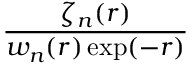
\frac { \zeta _ { n } ( r ) } { w _ { n } ( r ) \exp ( - r ) }